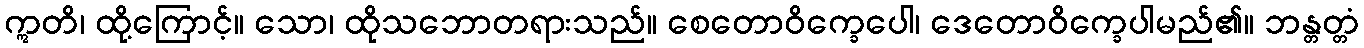
ဣတိ၊ ထို့ကြောင့်။ သော၊ ထိုသဘောတရားသည်။ စေတောဝိက္ခေပေါ၊ ဒေတောဝိက္ခေပါမည်၏။ ဘန္တတ္တံ